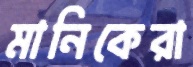
মানিকেরা